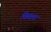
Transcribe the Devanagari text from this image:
निमला